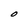
Character: O